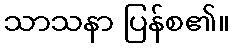
သာသနာ ပြန်စ၏။